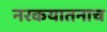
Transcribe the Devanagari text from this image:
नरकयातनाच